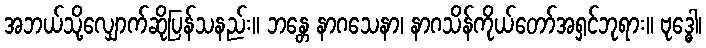
အဘယ်သို့လျှောက်ဆိုပြန်သနည်း။ ဘန္တေ နာဂသေနာ၊ နာဂသိန်ကိုယ်တော်အရှင်ဘုရား။ ဗုဒ္ဓေါ၊